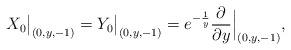
LaTeX: \begin{align*}X_{0}\big|_{(0,y,-1)}=Y_{0}\big|_{(0,y,-1)}=e^{-\frac{1}{y}}\frac{\partial}{\partial y}\Big|_{(0,y,-1)},\end{align*}